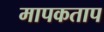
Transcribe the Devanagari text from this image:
मापकताप